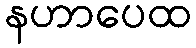
နဟာပေထ